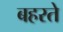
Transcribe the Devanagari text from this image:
बहरते